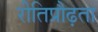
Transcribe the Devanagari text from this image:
रीतिप्रौढ़ता